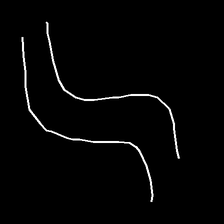
Glyph: float